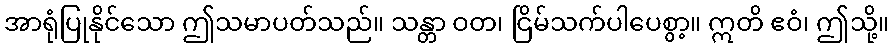
အာရုံပြုနိုင်သော ဤသမာပတ်သည်။ သန္တာ ဝတ၊ ငြိမ်သက်ပါပေစွာ့။ ဣတိ ဧဝံ၊ ဤသို့။